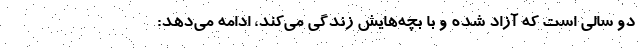
دو سالی است که آزاد شده و با بچه‌هایش زندگی می‌کند، ادامه می‌دهد: